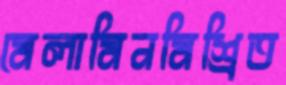
মেলামিনমিশ্রিত